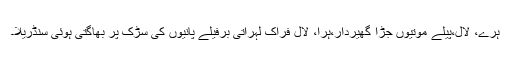
ہرے، لال،پیلے موتیوں جڑا گھیردار،ہرا، لال فراک لہراتی برفیلے پانیوں کی سڑک پر بھاگتی ہوئی سنڈریلا۔